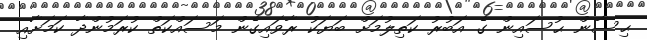
ޙިސާން ޙުސައިން ގެ އަބުރު ކަތިލުމަށް ބަޔަކު ރާވައިގެން މަސައްކަތް ކުރަމުންދާ ކަމަށާއި